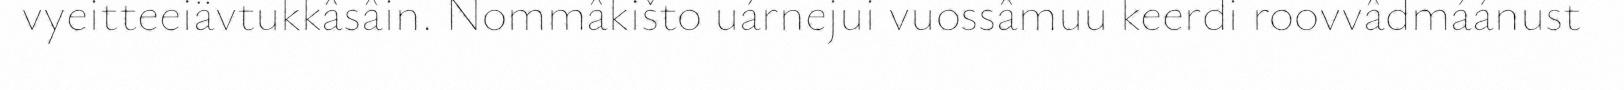
vyeitteeiävtukkâsâin. Nommâkišto uárnejui vuossâmuu keerdi roovvâdmáánust